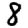
Digit: 8